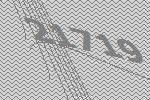
21719